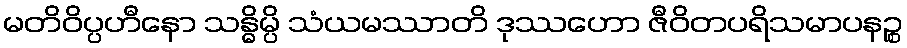
မတိဝိပ္ပဟီနော သန္ဓိမ္ပိ သံယမဿာတိ ဒုဿဟော ဇီဝိတပရိသမာပနဉ္စ